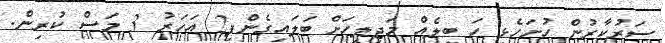
ސަރުކާރުން ހުށަހެޅި ހަ ބިލެއް މަޖިލީހަށް ބަލައިގެންފި2 އަހަރު 3 މަސް ކުރިން.